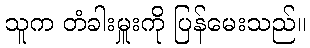
သူက တံခါးမှူးကို ပြန်မေးသည်။